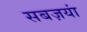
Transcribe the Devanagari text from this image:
सबज़यां